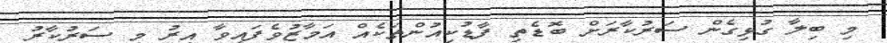
މި ބިލާ ގުޅިގެން ސަރުކާރަށް ބޮޑެތި ފާޑުކިއުންތަކެއް އަމާޒުވެފައިވާ އިރު މި ސަރުކާރު